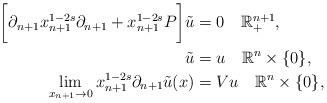
LaTeX: \begin{align*}\bigg[\partial_{n+1}x_{n+1}^{1-2s}\partial_{n+1}+x_{n+1}^{1-2s}P\bigg]\tilde{u} & =0\quad\mathbb{R}_{+}^{n+1},\\\tilde{u} & =u\quad\mathbb{R}^{n}\times\{0\},\\\lim_{x_{n+1}\rightarrow0}x_{n+1}^{1-2s}\partial_{n+1}\tilde{u}(x) & =Vu\quad\mathbb{R}^{n}\times\{0\},\end{align*}